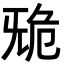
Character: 𣄲